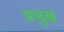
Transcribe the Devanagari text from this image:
प्रभुख